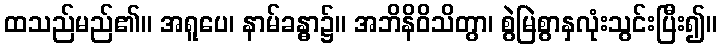
ထသည်မည်၏။ အရူပေ၊ နာမ်ခန္ဓာ၌။ အဘိနိဝိသိတွာ၊ စွဲမြဲစွာနှလုံးသွင်းပြီး၍။